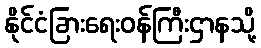
နိုင်ငံခြားရေးဝန်ကြီးဌာနသို့